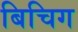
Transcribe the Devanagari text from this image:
बिचिग